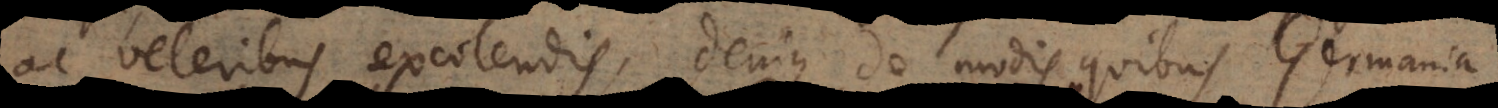
et veteribus excolendis, denique de modis quibus Germania